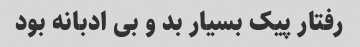
رفتار پیک بسیار بد و بی ادبانه بود